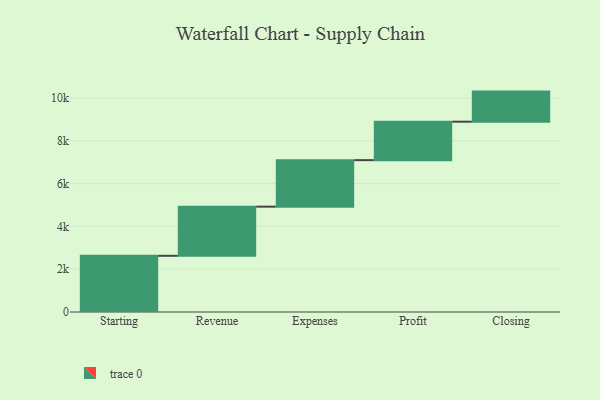
{"axis": {"x": "Step", "y": "Value"}, "legend": [""], "data": [{"x": "Starting", "y": 2627.0, "type": ""}, {"x": "Revenue", "y": 2296.0, "type": ""}, {"x": "Expenses", "y": 2174.0, "type": ""}, {"x": "Profit", "y": 1797.0, "type": ""}, {"x": "Closing", "y": 1406.0, "type": ""}]}